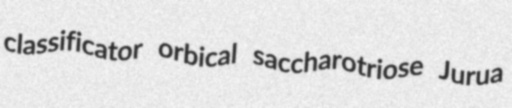
classificator orbical saccharotriose Jurua